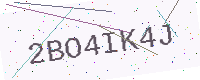
Text: 2BO4IK4J